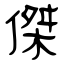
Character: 傑